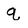
Character: q